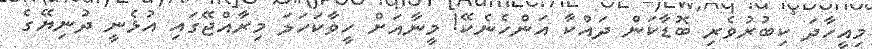
މިއީހާދަ ކިބުރުވެރި ބޮޑާކަން ދައްކާ އަންހެނެކޭ! މީނާއަށް ހީވާކަހަލަ މިރާއްޖޭގައި އުޅެނީ ދުނިޔޭގެ